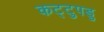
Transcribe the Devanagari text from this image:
कट्टुपडु